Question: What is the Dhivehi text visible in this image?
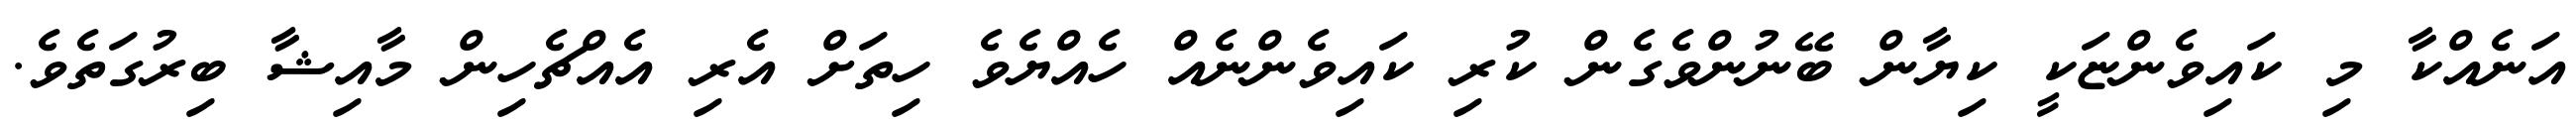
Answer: އަނެއްކާ މި ކައިވެންޏަކީ ކިޔާން ބޭނުންވެގެން ކުރި ކައިވެންނެއް ހެއްޔެވެ ހިތަށް އެރި އެއްޗެހިން މާއިޝާ ބިރުގަތެވެ.